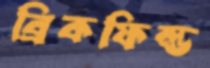
ব্রিকফিল্ড